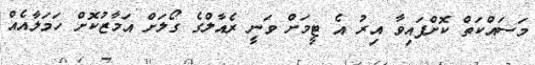
މަސައްކަތް ކޮށްފައިވާ އިރު އެ ޓީމަށް ވަނީ ރެއާލްގެ ގޯލަށް އަމާޒުކޮށް ހަމަލާއެއް